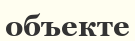
объекте